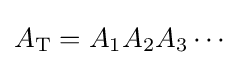
A_{\mathrm {T} }=A_{1}A_{2}A_{3}\cdots